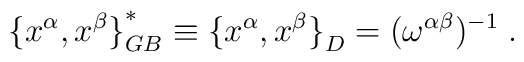
{\{ x^\alpha,x^\beta \}}^\ast_{GB} \equiv {\{ x^\alpha,x^\beta \}}_D = (\omega^{\alpha\beta})^{-1}\;.